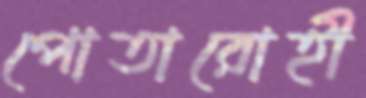
পোতারোহী